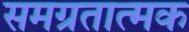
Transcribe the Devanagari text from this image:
समग्रतात्मक